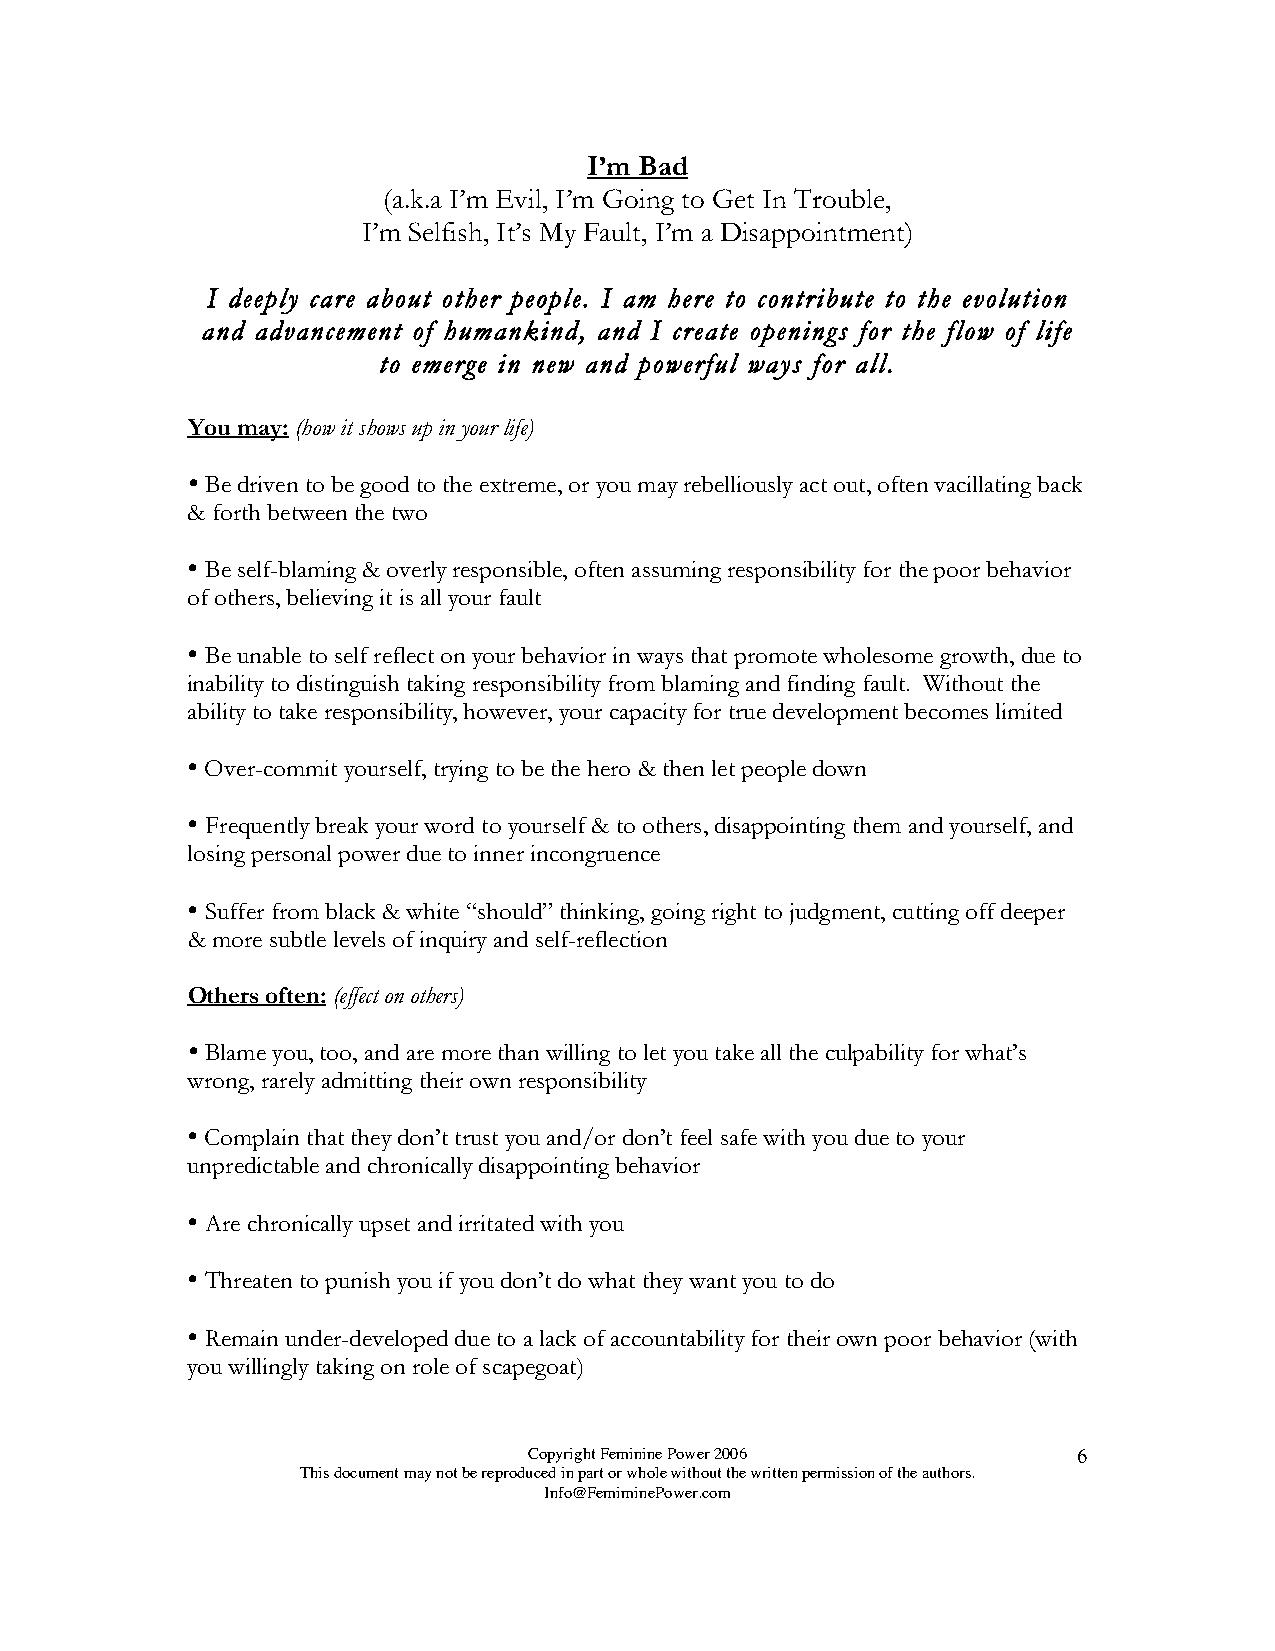
I’m Bad
 (a.k.a I’m Evil, I’m Going to Get In Trouble,
 I’m Selfish, It’s My Fault, I’m a Disappointment)
 I deeply care about other people. I am here to contribute to the evolution
 and advancement of humankind, and I create openings for the flow of life
 to emerge in new and powerful ways for all.
 You may: (how it shows up in your life)
 
 Be driven to be good to the extreme, or you may rebelliously act out, often vacillating back
 & forth between the two
 
 Be self-blaming & overly responsible, often assuming responsibility for the poor behavior
 of others, believing it is all your fault
 
 Be unable to self reflect on your behavior in ways that promote wholesome growth, due to
 inability to distinguish taking responsibility from blaming and finding fault. Without the
 ability to take responsibility, however, your capacity for true development becomes limited
 
 Over-commit yourself, trying to be the hero & then let people down
 
 Frequently break your word to yourself & to others, disappointing them and yourself, and
 losing personal power due to inner incongruence
 
 Suffer from black & white “should” thinking, going right to judgment, cutting off deeper
 & more subtle levels of inquiry and self-reflection
 Others often: (effect on others)
 
 Blame you, too, and are more than willing to let you take all the culpability for what’s
 wrong, rarely admitting their own responsibility
 
 Complain that they don’t trust you and/or don’t feel safe with you due to your
 unpredictable and chronically disappointing behavior
 
 Are chronically upset and irritated with you
 
 Threaten to punish you if you don’t do what they want you to do
 
 Remain under-developed due to a lack of accountability for their own poor behavior (with
 you willingly taking on role of scapegoat)
 Copyright Feminine Power 2006       6
 This document may not be reproduced in part or whole without the written permission of the authors.
 Info@FemiminePower.com